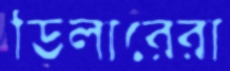
ডিলারেরা